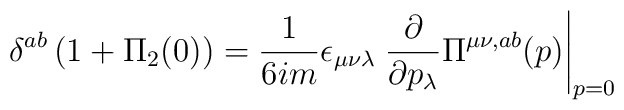
\delta^{ab}\,(1+\Pi_{2}(0)) = {1\over6im}\epsilon_{\mu\nu\lambda}\left.{\partial\over \partial p_{\lambda}}\Pi^{\mu\nu,ab}(p)\right|_{p=0}